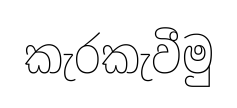
කැරකැවීමු